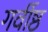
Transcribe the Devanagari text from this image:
गर्वीष्ठ